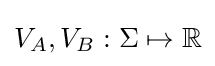
V_{A},V_{B}:\Sigma \mapsto \mathbb {R}